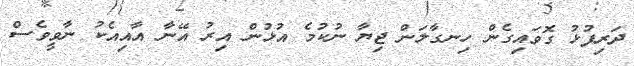
ދަރިފުޅު ގޮވައިގެން ހިނގާލަން ޖިޔާ ނުކުމެ އުޅުން އިރު އޭނާ އާއިއެކު ނާވީވެސް